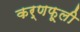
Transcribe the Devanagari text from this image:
कर्णफूली